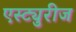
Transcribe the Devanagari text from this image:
एस्ट्युरीज